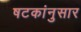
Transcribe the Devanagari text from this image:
षटकांनुसार